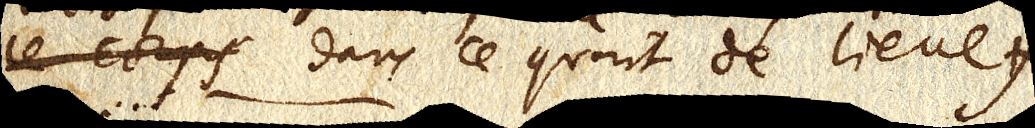
ces corps dans ce quart de lieue).